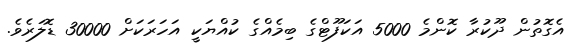
އެގޮތުން ދޫކުރާ ކޮންމެ 5000 އަކަފޫޓްގެ ބިމެއްގެ ކުއްޔަކީ އަހަރަކަށް 30000 ޑޮލަރެވެ.